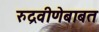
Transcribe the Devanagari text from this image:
रुद्रवीणेबाबत